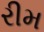
રીમ